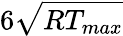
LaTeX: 6\sqrt{R{T_{max}}}